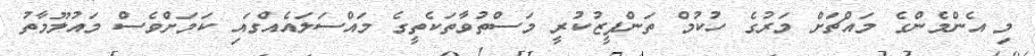
މި އެންމެންގެ މައްޗަށް މަރުގެ ހުކުމް ތަންފީޒުކުރީ މަސްތުވާތަކެތީގެ މައްސަލައެއްގައި ކަމަށްވެސް މައުލޫމާތު